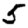
Digit: 5